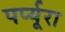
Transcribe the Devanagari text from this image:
पर्प्यूरा